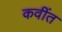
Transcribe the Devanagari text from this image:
कवींत